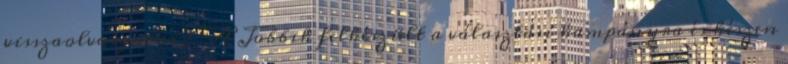
visszaolvasgatni? "A Jobbik felkészült a választási kampányra és készen